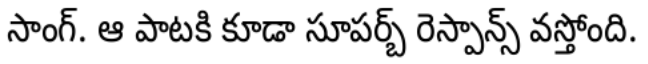
సాంగ్. ఆ పాటకి కూడా సూపర్బ్ రెస్పాన్స్ వస్తోంది.